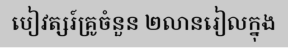
បៀវត្សរ៍គ្រូចំនួន ២លានរៀលក្នុង